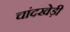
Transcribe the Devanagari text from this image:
चांदखेड़ी